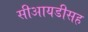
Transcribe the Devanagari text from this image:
सीआयडीसह